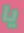
يا